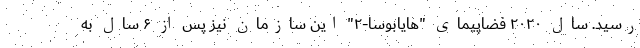
رسید. سال ۲۰۲۰ فضاپیمای "هایابوسا-۲" این سازمان نیز پس از ۶ سال به